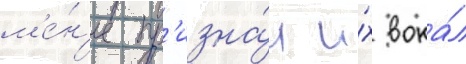
м'е́н'ее пр'изна́л и́х вока́л